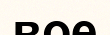
вое